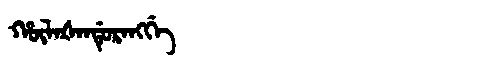
Manchu: ᡥᡡᠯᠠᡧᠠᠨᡩᡠᡵᠠᠩᡤᡝ
Romanization: HŪLAŠANDURANGGE